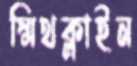
স্মিথক্লাইন